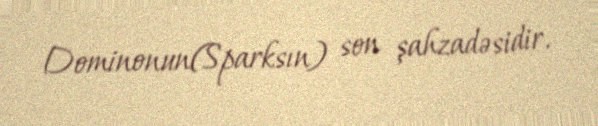
Dominonun(Sparksın) son şahzadəsidir.